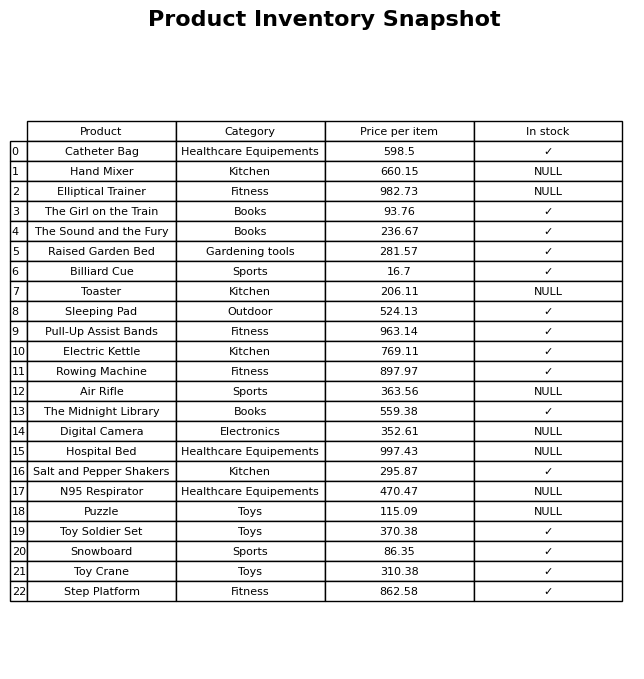
question: What is the price for The Sound and the Fury?
answer: The price of The Sound and the Fury is 236.67.